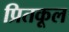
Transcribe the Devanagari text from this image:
प्रितकूल